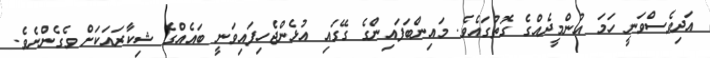
އަދިވެސްވަނީ ހަމަ އުންމީދެއްގެ ގޮތުގައެވެ. މައިންބަފައިންގެ ގޭގައި އުޅެންޖެހިފައިވަނީ ބައެއްގެ ޝިކާރައަކަށް ވެގެންނެވެ.